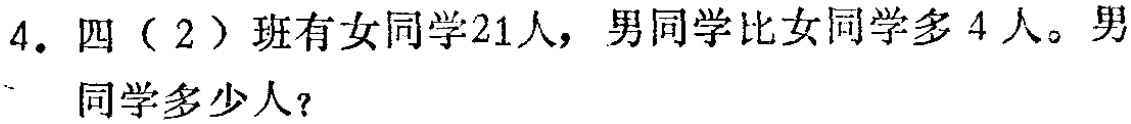
4. 四（2）班有女同学21人，男同学比女同学多4人。男

  同学多少人？